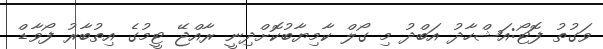
ވަގުތު ފޮޓޯ:އަޝްހާދު އަބްދު މި ގޯލް ކާމިޔާބުކޮށްދިނީ ރާއްޖޭ ޓީމުގެ އިތުބާރު ފޯވާޑް